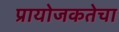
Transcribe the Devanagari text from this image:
प्रायोजकतेचा